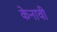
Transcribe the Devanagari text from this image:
केनावी